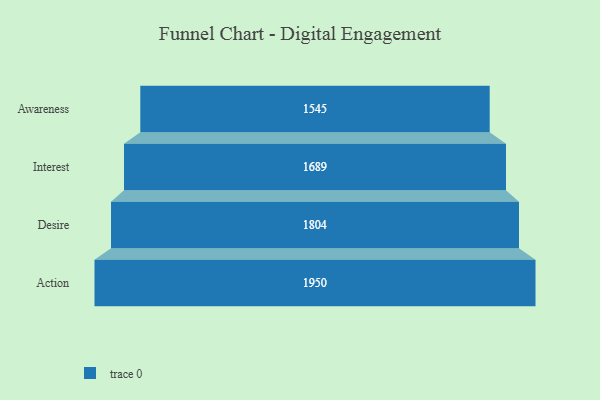
{"axis": {"x": "Stage", "y": "Value"}, "legend": [""], "data": [{"x": "Awareness", "y": 1545.0, "type": ""}, {"x": "Interest", "y": 1689.0, "type": ""}, {"x": "Desire", "y": 1804.0, "type": ""}, {"x": "Action", "y": 1950.0, "type": ""}]}